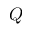
Q